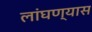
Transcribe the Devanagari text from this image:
लांघण्यास